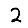
Digit: 2